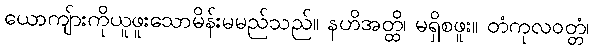
ယောကျ်ားကိုယူဖူးသောမိန်းမမည်သည်။ နဟိအတ္ထိ၊ မရှိစဖူး။ တံကုလဝတ္တံ၊